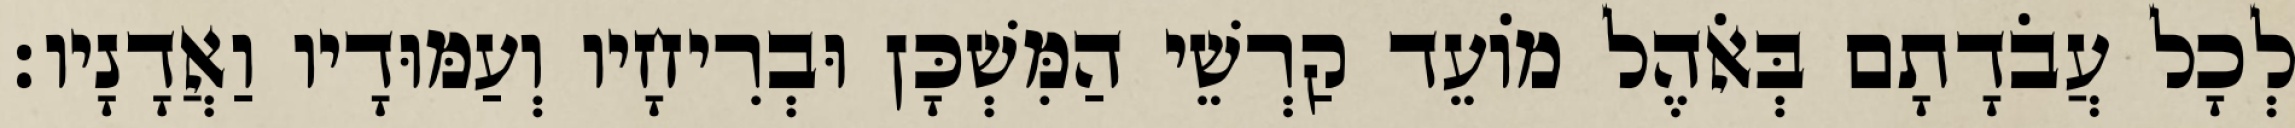
לְכָל עֲבֹדָתָם בְּאֹהֶל מוֹעֵד קַרְשֵׁי הַמִּשְׁכָּן וּבְרִיחָיו וְעַמּוּדָיו וַאֲדָנָיו׃